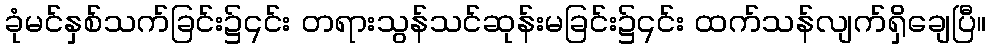
ခုံမင်နှစ်သက်ခြင်း၌၎င်း တရားသွန်သင်ဆုန်းမခြင်း၌၎င်း ထက်သန်လျက်ရှိချေပြီ။